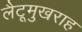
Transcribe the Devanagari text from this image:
लैटूमुखराह